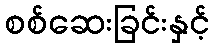
စစ်ဆေးခြင်းနှင့်